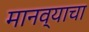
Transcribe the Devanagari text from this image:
मानव्याचा